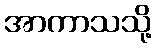
အာကာသသို့